Civil Veterinary Department ledger series I-VI
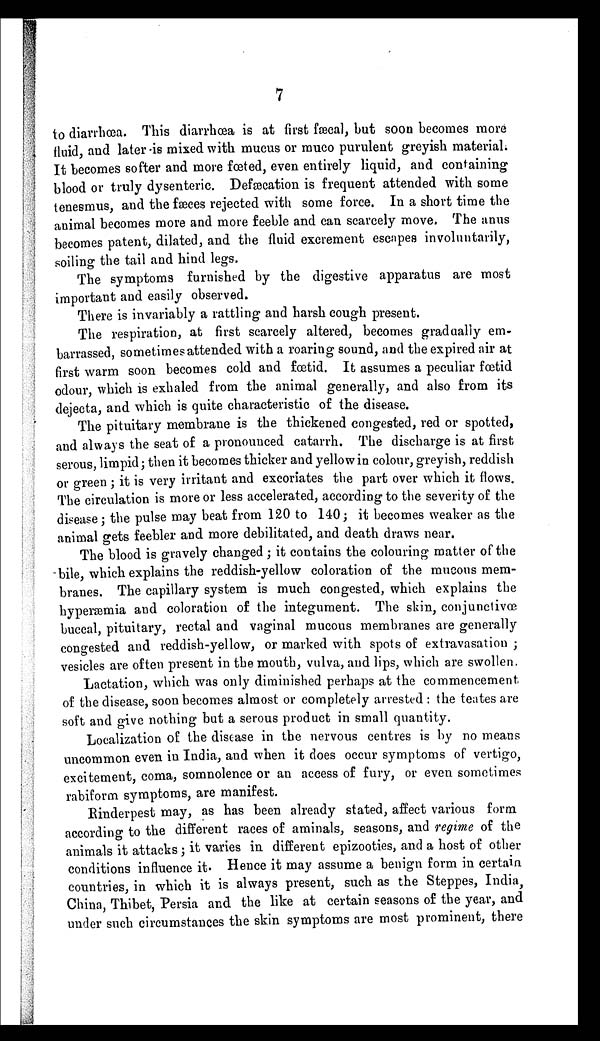
7
to diarrhœa. This diarrhœa is at first fæcal, but soon becomes more
fluid and later is mixed with mucus or muco purulent greyish material.
It becomes softer and more fœted, even entirely liquid, and containing
blood or truly dysenteric. Defæcation is frequent attended with some
tenesmus, and the fæces rejected with some force. In a short time the
animal becomes more and more feeble and can scarcely move. The anus
becomes patent, dilated, and the fluid excrement escapes involuntarily,
soiling the tail and hind legs.
The symptoms furnished by the digestive apparatus are most
important and easily observed.
There is invariably a rattling and harsh cough present.
The respiration, at first scarcely altered, becomes gradually em-
barrassed, sometimes attended with a roaring sound, and the expired air at
first warm soon becomes cold and fœtid. It assumes a peculiar fœtid
odour, which is exhaled from the animal generally, and also from its
dejecta, and which is quite characteristic of the disease.
The pituitary membrane is the thickened congested, red or spotted,
and always the seat of a pronounced catarrh. The discharge is at first
serous, limpid; then it becomes thicker and yellow in colour, greyish, reddish
or green; it is very irritant and excoriates the part over which it flows.
The circulation is more or less accelerated, according to the severity of the
disease; the pulse may beat from 120 to 140; it becomes weaker as the
animal gets feebler and more debilitated, and death draws near.
The blood is gravely changed; it contains the colouring matter of the
bile which explains the reddish-yellow coloration of the mucous mem-
branes. The capillary system is much congested, which explains the
hyperæmia and coloration of the integument. The skin, conjunctivœ
buccal, pituitary, rectal and vaginal mucous membranes are generally
congested and reddish-yellow, or marked with spots of extravasation;
vesicles are often present in the mouth, vulva, and lips, which are swollen.
Lactation, which was only diminished perhaps at the commencement
of the disease, soon becomes almost or completely arrested: the teates are
soft and give nothing but a serous product in small quantity.
Localization of the disease in the nervous centres is by no means
uncommon even in India, and when it does occur symptoms of vertigo,
excitement, coma, somnolence or an access of fury, or even sometimes
rabiform symptoms, are manifest.
Rinderpest may, as has been already stated, affect various form
according to the different races of aminals, seasons, and regime of the
animals it attacks; it varies in different epizooties, and a host of other
conditions influence it. Hence it may assume a benign form in certain
countries, in which it is always present, such as the Steppes, India,
China, Thibet, Persia and the like at certain seasons of the year, and
under such circumstances the skin symptoms are most prominent, there